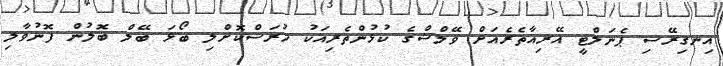
އިނގިރޭސި ޕެނަލްޓީ އޭރިއާތެރެއަށް ވޭލްޝްގެ ކުޅުންތެރިއަކު ހުރަސްކޮށްލި ބޯޅަ ބޭލް ބޮލުން ފޮނުވާލި